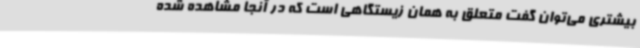
بیشتری می‌توان گفت متعلق به همان زیستگاهی است که در آنجا مشاهده‌ شده‌